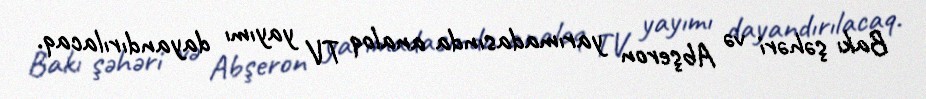
Bakı şəhəri və Abşeron yarımadasında analoq TV yayımı dayandırılacaq.